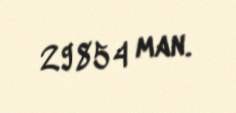
29854 man.